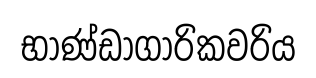
භාණ්ඩාගාරිකවරිය